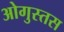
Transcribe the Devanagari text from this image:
ओगुस्तस